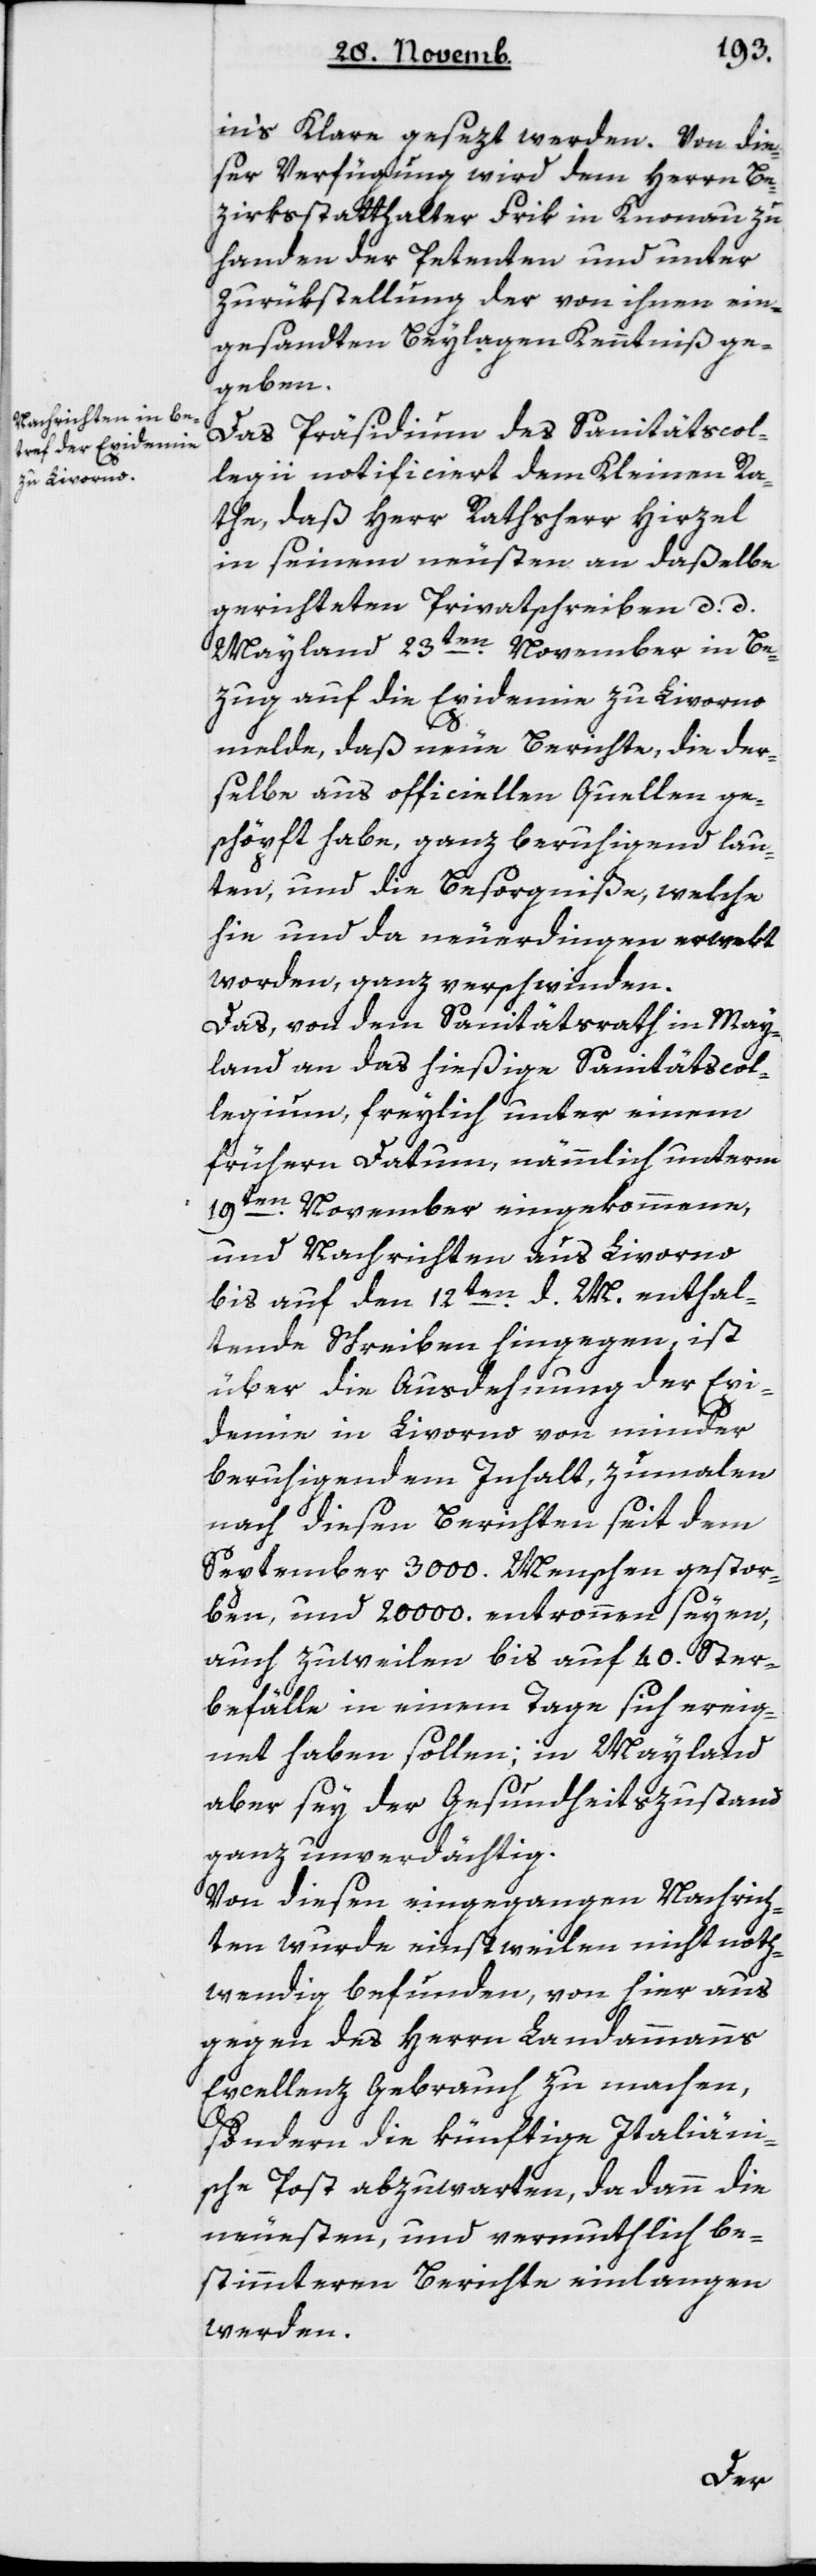
in’s Klare gesetzt werden. Von die¬
ser Verfügung wird dem Herrn Be¬
zirksstatthalter Frik in Knonau zu
Handen der Petenten und unter
Zurükstellung der von ihnen ein¬
gesandten Beylagen Kenntniß ge¬
geben.
Das Präsidium des Sanitätscol¬
legii notificiert dem Kleinen Ra¬
the, daß Herr Rathsherr Hirzel
in seinem neusten an daßelbe
gerichteten Privatschreiben, d. d.
Mayland 23ten November, in Be¬
zug auf die Epidemie zu Livorno
melde, daß neue Berichte, die der¬
selbe aus officiellen Quellen ge¬
schöpft habe, ganz beruhigend lau¬
ten, und die Besorgniße, welche
hie und da neuerdingen erwekt
worden, ganz verschwinden.
Das von dem Sanitätsrath in May¬
land an das hießige Sanitätscol¬
legium, freylich unter einem
frühern Datum, nämmlich unterm
19ten November eingekommene,
und Nachrichten aus Livorno
bis auf den 12ten d. M. enthal¬
tende Schreiben hingegen, ist
über die Ausdehnung der Epi¬
demie in Livorno von minder
beruhigendem Inhalt, zumalen
nach diesen Berichten seit dem
September 3'000 Menschen gestor¬
ben und 20'000 entronnen seyen,
auch zuweilen bis auf 40 Ster¬
befälle in einem Tage sich ereig¬
net haben sollen; in Mayland
aber sey der Gesundheits-Zustand
ganz unverdächtig.
Von diesen eingegangenen Nachrich¬
ten wurde einstweilen nicht noth¬
wendig befunden, von hier aus
gegen des Herrn Landammanns
Excellenz Gebrauch zu machen,
sondern die künftige Italiäni¬
sche Post abzuwarten, da dann die
neuesten und vermuthlich be¬
stimmteren Berichte einlangen
werden.